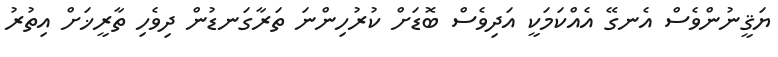
ޔަޤީނުންވެސް އެނގޭ އެއްކަމަކީ އަދިވެސް ބޮޑަށް ކުރުހިންނަ ތަރާގަނޑުން ދިވެހި ތާރީޚަށް އިތުރު